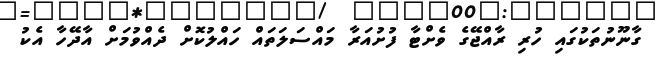
ގާނޫނުތަކުގައި ހުރި ރާއްޖޭގެ ވެށްޓާ ފުށުއަރާ މައްސަލަތައް ހައްލުކޮށް ދެއްވުމަށް އާދޭހާ އެކު